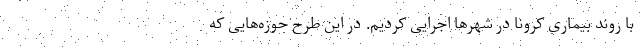
با روند بیماری کرونا در شهرها اجرایی کردیم. در این طرح حوزه‌هایی که